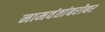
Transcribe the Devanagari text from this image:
नामवंतांबरोबर